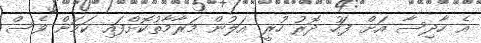
އެ ހާދިސާ އަށް ފަހު ދޮރު ހުރީ އަލުން މަރާމާތުކޮށްފައި ކަމަށް ވެސް